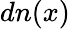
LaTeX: dn(x)